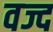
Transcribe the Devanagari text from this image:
वज्द